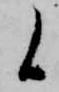
候